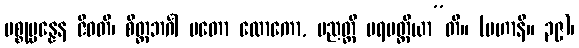
ပစ္စုပ္ပန္နေန ဇီဝတိ၊ စိတ္တဘင်္ဂါ မတော လောကော, ပညတ္တိ ပရမတ္ထိယာ”တိ။ (မဟာနိ။ ၃၉)၊